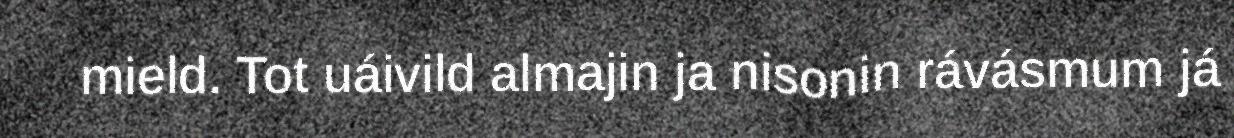
mield. Tot uáivild almajin ja nisonin rávásmum já